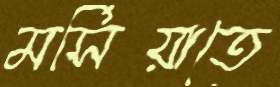
মর্সিয়াতে